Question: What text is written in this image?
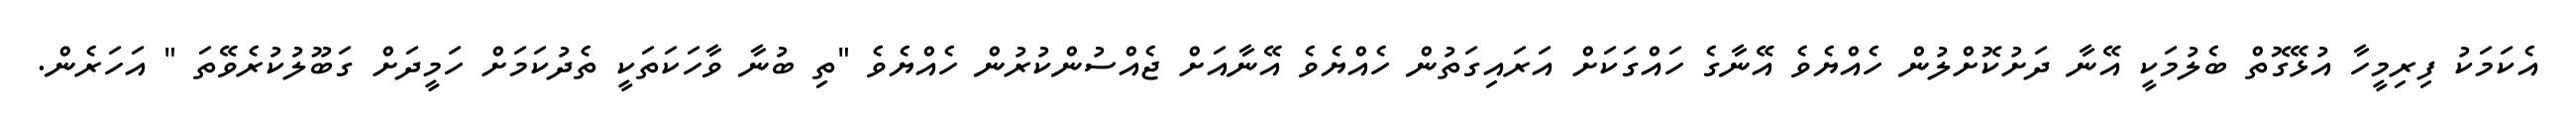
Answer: އެކަމަކު ފިރިމީހާ އުޅޭގޮތް ބެލުމަކީ އޭނާ ދަށުކޮށްލުން ހެއްޔެވެ އޭނާގެ ހައްގަކަށް އަރައިގަތުން ހެއްޔެވެ އޭނާއަށް ޖެއްސުންކުރުން ހެއްޔެވެ "ތި ބުނާ ވާހަކަތަކީ ތެދުކަމަށް ހަމީދަށް ގަބޫލުކުރެވޭތަ " އަހަރެން.